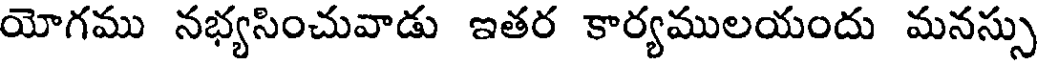
యోగము నభ్యసించువాడు ఇతర కార్యములయందు మనస్సు